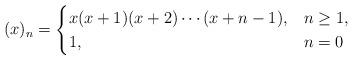
LaTeX: \begin{align*}(x)_n=\begin{cases}x(x+1)(x+2)\dotsm(x+n-1), & n\ge1,\\1, & n=0\end{cases}\end{align*}